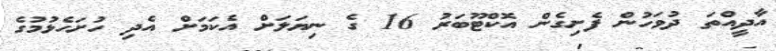
އާދީއްތަ ދުވަހުން ފެށިގެން އޮކްޓޫބަރު 16 ގެ ނިޔަލަށް އެކަމަށް އެދި ހުށަހެޅުމުގެ